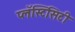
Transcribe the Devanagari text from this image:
प्लॅस्टिसिटी